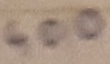
Text: 400